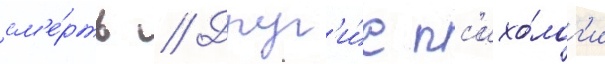
см'е́рть // Друг'и́е пс'ихо́лог'и